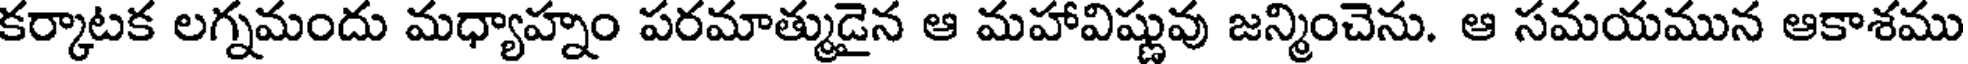
కర్కాటక లగ్నమందు మధ్యాహ్నం పరమాత్ముడైన ఆ మహావిష్ణువు జన్మించెను. ఆ సమయమున ఆకాశము